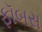
ફૉબસ